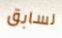
لسابق